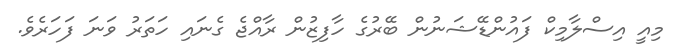
މިއީ އިސްލާމިކް ފައުންޑޭޝަނުން ބޭރުގެ ހާފިޒުން ރާއްޖެ ގެނައި ހަތަރު ވަނަ ފަހަރެވެ.